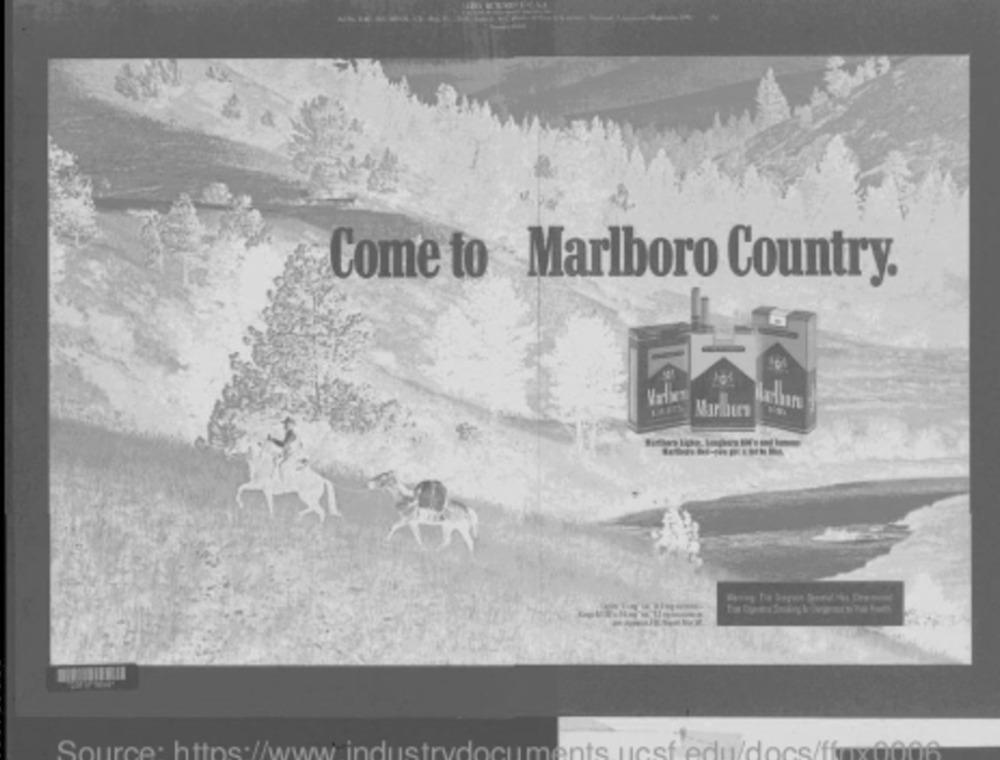
Come to Marlboro Country.